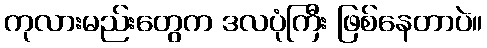
ကုလားမည်းတွေက ဒလပုံကြီး ဖြစ်နေတာပဲ။